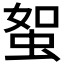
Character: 𧊟